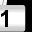
Digit: 1